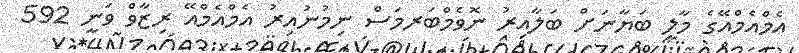
އެމްއެމްއޭގެ މާލީ ބަޔާނަށް ބަލާއިރު ނޮވެމްބަރމަސް ނިމުނުއިރު އެމްއެމްއޭ ރިޒާވް ވަނީ 592